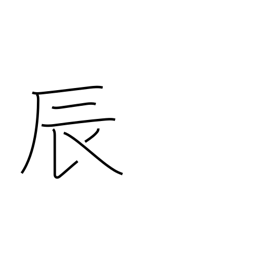
Meaning: sign of the dragon